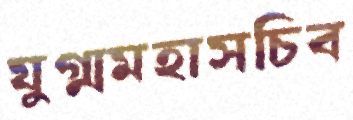
যুগ্মমহাসচিব